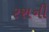
રશની